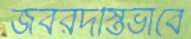
জবরদস্তিভাবে